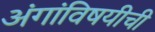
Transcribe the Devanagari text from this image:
अंगांविषयीची